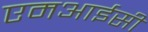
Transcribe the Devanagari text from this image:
एमआईसी